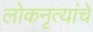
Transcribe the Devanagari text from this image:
लोकनृत्यांचे